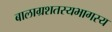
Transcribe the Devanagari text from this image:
बालाग्रशतस्यभागस्य